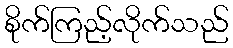
စိုက်ကြည့်လိုက်သည်